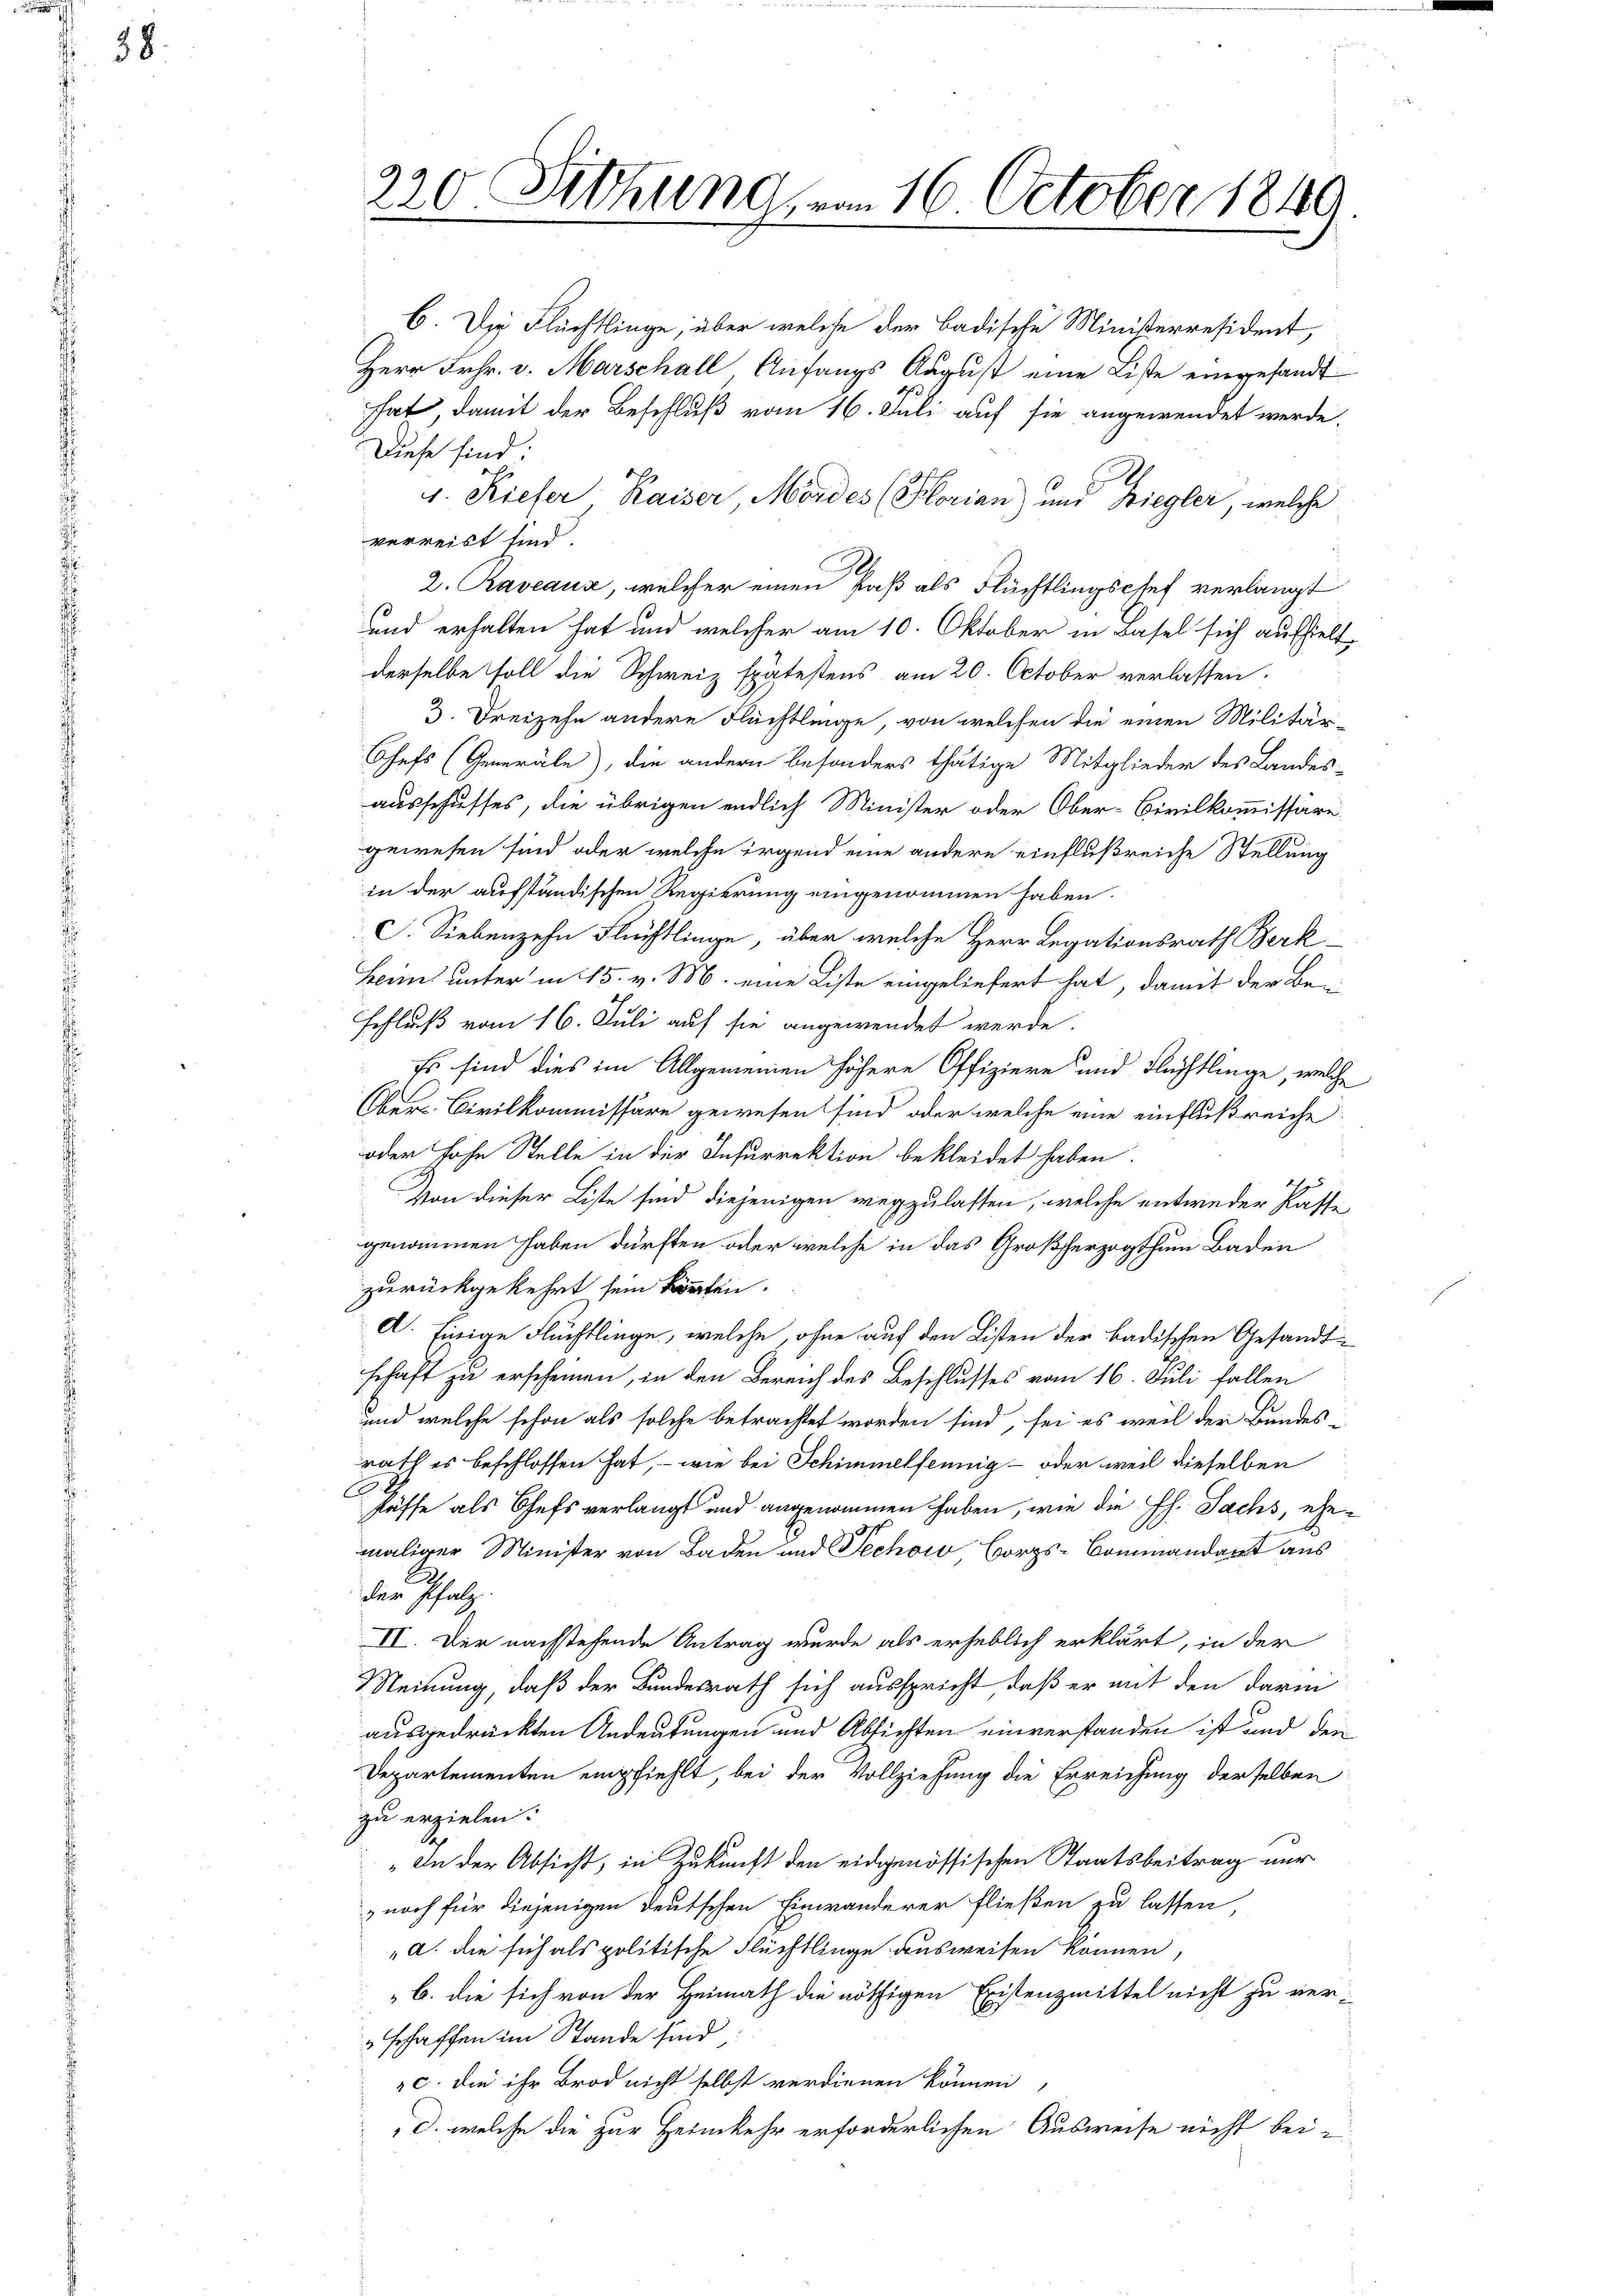
58

220 Fettung, vom 16. October 1840

Diese sind.
v. Stiefer Kaiser, Mordes (Horien) und Biegler, welche
verreist sind
2. Raveaux, welcher einen Paß als Flüchtlingschef verlangt
und erhalten hat und welcher am 10. Oktober in Basel sich aufhielt,
derselbe soll die Schweiz spätestens am 20. October verlassen.
3. Dreizehn andere Flüchtlinge, von welchen die einen Militär¬
Chefs (Generale), die andern besonders thätige Mitglieder des Landes-
ausschusses, die übrigen endlich Minister oder Ober-Civilkommissäre
gewesen sind oder welche irgend eine andere einflußreiche Stellung
in der aufständischen Regierung eingenommen haben.
C. Sieberzehn Flüchtlinge, über welche Herr Legationsrath Berk-
Heims unter in 15. v. M. eine Liste eingeliefert hat, damit der Beschluß vom 16. Juli auf sie angewendet werde.
Es sind dies im Allgemeinen höhere Offiziere und Flüchtlinge, welche
Aber Civilkommissäre gewesen sind, oder welche eine einflußreiche
oder hohe Stelle in der Insurrektion bekleidet haben.
1
Von dieser Liste sind diejenigen wegzulassen, welche entweder Kasse
genommen haben dürften oder welche in das Großherzogthum Baden
zurückgekehrt sein Köpfen.
A. Einige Flüchtlinge, welche, ohne auf den Listen der badischen Gesandtschaft zu erscheinen, in den Bereich des Beschlusses vom 16. Juli fallen
und welche schon als solche betrachtet worden sind, sei es weil der Bundes-
rath es beschlossen hat, – wie bei Schimmelfennig – oder weil dieselben
C
säffe als Chefs verlangt und angenommen haben, wie die Ph. Sachs, ehemaliger Minister von Baden und Pechow Borgs-Commandart aus
der Pfalz.
II. Der nachstehende Antrag wurde als erheblich erklärt, in der
Meinung, daß der Bundesrath sich ausspricht, daß er mit den darin
ausgedrückten Andeutungen und Absichten einverstanden ist und den
Departementen empfiehlt, bei der Vollziehung die Erreichung derselben
zu erzielen.
" In der Absicht, in Zukunft den eidgenössischen Staatsbeitrag nur
noch für diejenigen Deutschen Einwanderer fließen zu lassen
„a. die sich als politische Flüchtlinge ausweisen können,
b. die sich von der Heimath die nöthigen Existenzmittel nicht zu ver-
Erschaffen im Stande sind,
c. die ihr Brod nicht selbst verdienen können,
d. welche die zur Heimkehr erforderlichen Ausweise nicht bei-

6. Die Flüchtlinge, über welche der badische Ministerresident,
Herr Frhr. v. Marschall Anfangs August eine Liste eingesandt
hat damit der Beschluß vom 16. Juli auf sie angewendet werde.